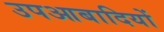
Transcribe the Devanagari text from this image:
उपआबादियों